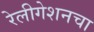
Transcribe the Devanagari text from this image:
रेलीगेशनचा